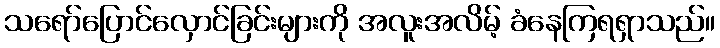
သရော်ပြောင်လှောင်ခြင်းများကို အလူးအလိမ့် ခံနေကြရရှာသည်။